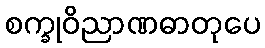
စက္ခုဝိညာဏဓာတုပေ